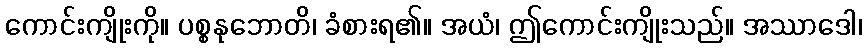
ကောင်းကျိုးကို။ ပစ္စနုဘောတိ၊ ခံစားရ၏။ အယံ၊ ဤကောင်းကျိုးသည်။ အဿာဒေါ၊